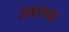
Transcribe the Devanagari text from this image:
तवरस्क